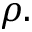
\rho .